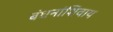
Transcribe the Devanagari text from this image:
बंधनांशिवाय